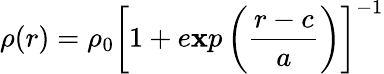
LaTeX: \rho(r)=\rho_{0}\left[1+e\mathbf{x}p\left(\frac{{r-c}}{{a}}\right)\right]^{-1}